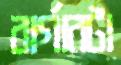
বার্গারটা